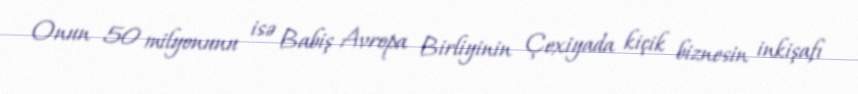
Onun 50 milyonunu isə Babiş Avropa Birliyinin Çexiyada kiçik biznesin inkişafı